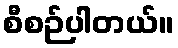
စီစဉ်ပါတယ်။